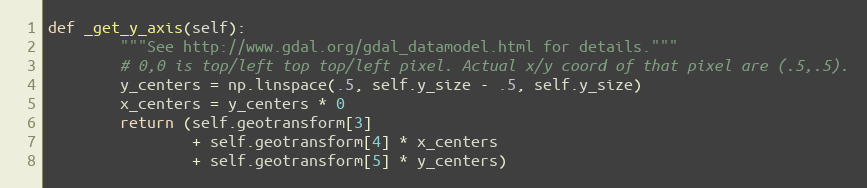
Language: Python
def _get_y_axis(self):
        """See http://www.gdal.org/gdal_datamodel.html for details."""
        # 0,0 is top/left top top/left pixel. Actual x/y coord of that pixel are (.5,.5).
        y_centers = np.linspace(.5, self.y_size - .5, self.y_size)
        x_centers = y_centers * 0
        return (self.geotransform[3]
                + self.geotransform[4] * x_centers
                + self.geotransform[5] * y_centers)